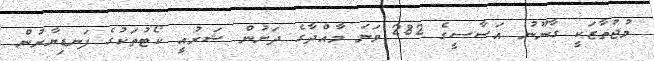
މުޖުތާޒަކީ ގާނޫނު އަސާސީގެ 282 ވަނަ މާއްދާގެ ދަށުން ޝަރުއީ ކޯޓުތަކުގެ ފަނޑިޔާރުން